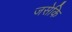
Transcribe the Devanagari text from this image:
जसेकि